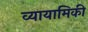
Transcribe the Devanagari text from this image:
व्यायामिकी